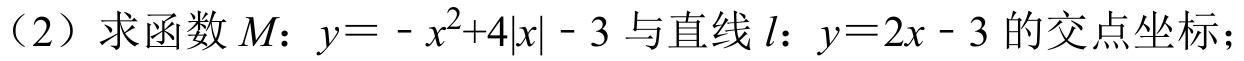
（2）求函数\(M:y = -x^{2}+4|x| - 3\)与直线\(l:y = 2x - 3\)的交点坐标；